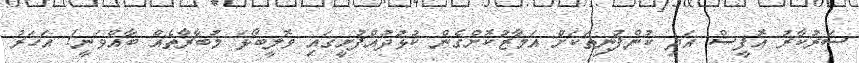
ސަރުކާރު އޮފީސް އަދި ކުންފުނިތަކަށް އަމާޒުކޮށްގެން ކުޅުދުއްފުށީގައި ވޮލީބޯޅަ މުބާރާތެއް ބާއްވަނީ1 އަހަރު